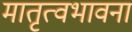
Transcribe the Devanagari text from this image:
मातृत्वभावना